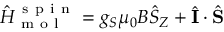
{ } \hat { H } _ { \mathrm { ~ m ~ o ~ l ~ } } ^ { \mathrm { ~ s ~ p ~ i ~ n ~ } } = g _ { S } \mu _ { 0 } B \hat { S } _ { Z } + \hat { \mathbf { I } } \cdot \hat { \mathbf { S } }